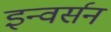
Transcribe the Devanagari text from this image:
इन्वर्सन